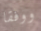
ووفقا